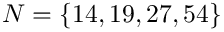
N = \{ 1 4 , 1 9 , 2 7 , 5 4 \}